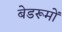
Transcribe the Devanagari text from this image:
बेडरूमों